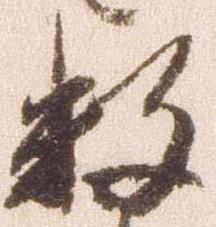
数